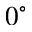
0 ^ { \circ }